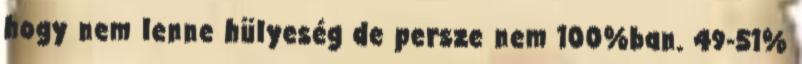
hogy nem lenne hülyeség de persze nem 100%ban. 49-51%